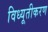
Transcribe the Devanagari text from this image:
विध्यूतीकरण